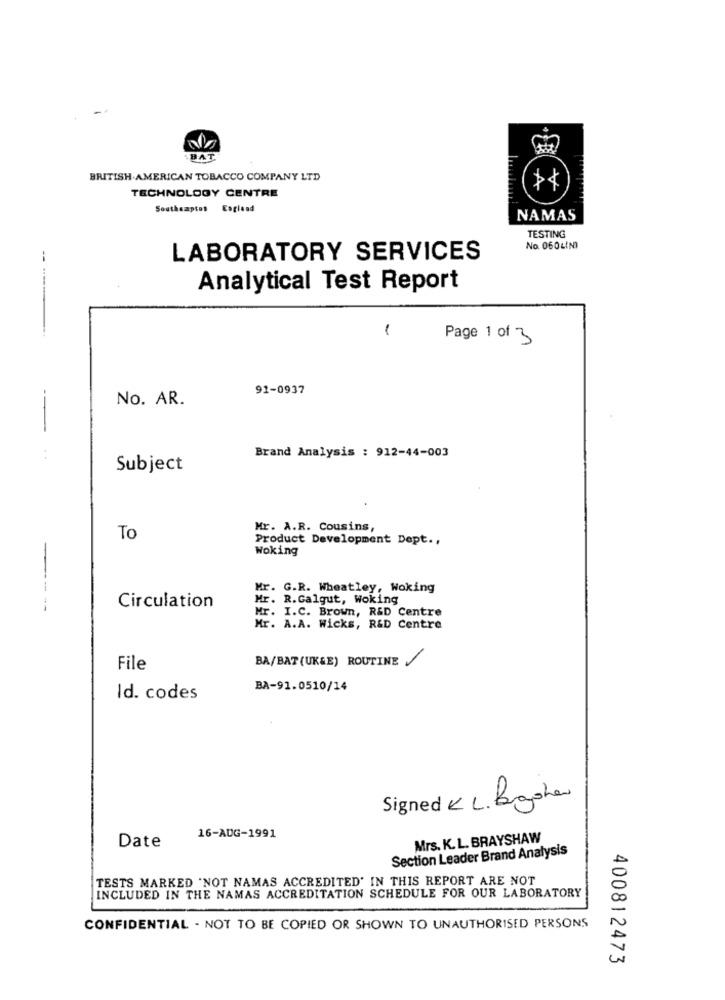
BAT
BRITISH AMERICAN TOBACCO COMPANY LTD
TECHNOLOGY CENTRE
Southampton Eaglead
NAMAS
TESTING
No. 060LINI
LABORATORY SERVICES
Analytical Test Report
-----
1
Page 1 of 3
91-0937
No. AR.
--
Brand Analysis : 912-44-003
Subject
---
Mr. A.R. Cousins,
To
Product Development Dept .,
Woking
Mr. G.R. Wheatley, Woking
Mr. R.Galgut, Woking
Circulation
Mr. I.C. Brown, R&D Centre
Mr. A.A. Wicks, R&D Centre
BA/BAT(UK&E) ROUTINE
File
BA-91.0510/14
Id. codes
Signed KL. Booher
16-AUG-1991
Mrs. K. L. BRAYSHAW
Date
Section Leader Brand Analysis
TESTS MARKED 'NOT NAMAS ACCREDITED' IN THIS REPORT ARE NOT
INCLUDED IN THE NAMAS ACCREDITATION SCHEDULE FOR OUR LABORATORY
CONFIDENTIAL - NOT TO BE COPIED OR SHOWN TO UNAUTHORISED PERSONS
400812473